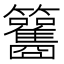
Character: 𥸑